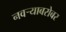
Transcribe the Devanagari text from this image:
नवऱ्याबरोबर